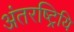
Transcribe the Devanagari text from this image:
अंतरष्ट्रियि